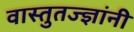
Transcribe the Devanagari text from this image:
वास्तुतज्ज्ञांनी